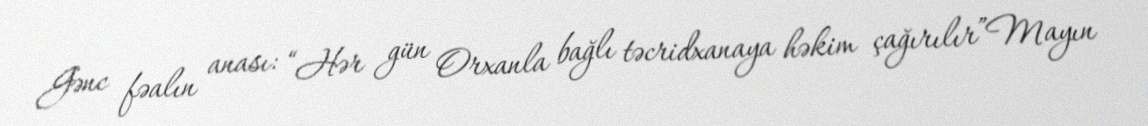
Gənc fəalın anası: “Hər gün Orxanla bağlı təcridxanaya həkim çağırılır”Mayın